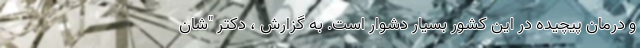
و درمان پیچیده در این کشور بسیار دشوار است. به گزارش ، دکتر "شان